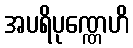
အပရိပုဏ္ဏေဟိ